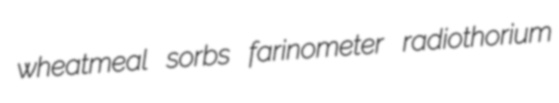
wheatmeal sorbs farinometer radiothorium